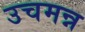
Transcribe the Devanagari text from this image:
उचमन्न